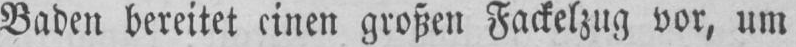
Baden bereitet einen großen Fackelzug vor, um